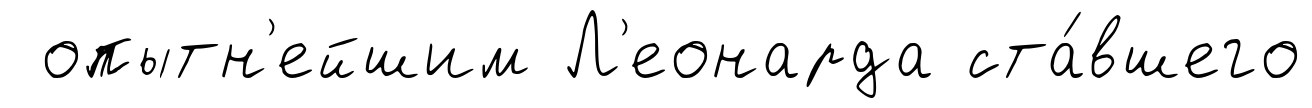
опытн'ейшим Л'еонарда ста́вшего